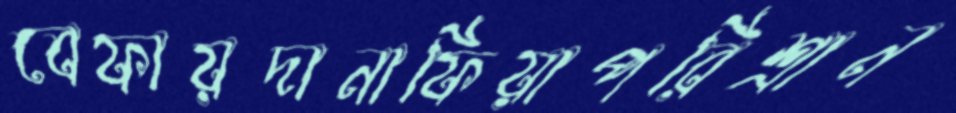
বেফায়দানাফিয়াপরিশ্রান